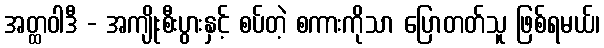
အတ္ထဝါဒီ - အကျိုးစီးပွားနှင့် စပ်တဲ့ စကားကိုသာ ပြောတတ်သူ ဖြစ်ရမယ်၊